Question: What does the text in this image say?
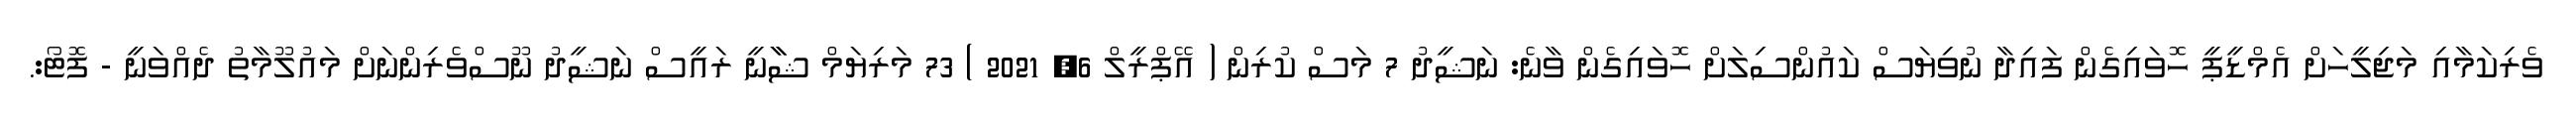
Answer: ވެރިކަމާއި މަޖިލީހަށް އެމްޑީޕީ ހޮވައިގެން ފައިދާ ނުވިޔަސް ކައުންސިލަށް ހޮވައިގެން ވާނެ: ނަޝީދު 7 މަސް ކުރިން ( އޭޕްރީލް 6, 2021 ) 73 މަރިޔަމް ޝާާނީ ރައީސް ނަޝީދު ނޫސްވެރިންނަށް މައުލޫމާތު ދެއްވަނީ - ފޮޓޯ:.